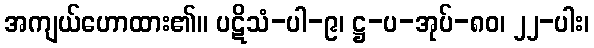
အကျယ်ဟောထား၏။ ပဋိသံ-ပါ-၉၊ ဋ္ဌ-ပ-အုပ်-၈၀၊ ၂၂-ပါး၊